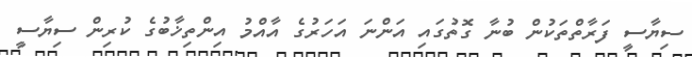
ސިޔާސީ ފަރާތްތަކުން ބުނާ ގޮތުގައި އަންނަ އަހަރުގެ އާއްމު އިންތިޚާބުގެ ކުރިން ސިޔާސީ